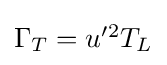
{\textstyle \Gamma _{T}=u'^{2}T_{L}}